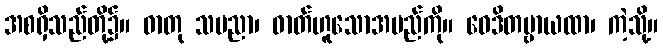
အစရှိသည်တို့၌။ ဓာတု သမညာ၊ ဓာတ်ဟူသောအမည်ကို။ ဝေဒိတဗ္ဗာယထာ၊ ကဲ့သို့။